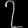
Digit: ၇